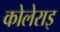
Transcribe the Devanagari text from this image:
कोलेराइ